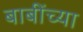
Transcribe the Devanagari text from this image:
बाबींच्‍या